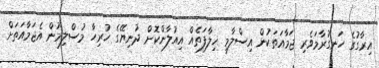
އިރާގުގެ ހަނގުރާމަވެރި ޖަމާއަތަކުން އިސްލާމީ ޚިލާފަތެއް އިއުލާންކޮށް ދުނިޔޭގެ ހުރިހާ މުސްލިމުން އެޖަމާއަތަށް